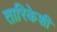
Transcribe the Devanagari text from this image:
तारिकेशी